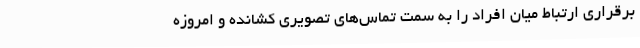
برقراری ارتباط میان افراد را به سمت تماس‌های تصویری کشانده و امروزه